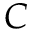
C